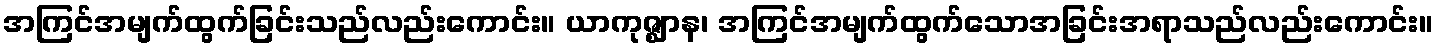
အကြင်အမျက်ထွက်ခြင်းသည်လည်းကောင်း။ ယာကုဇ္ဈာန၊ အကြင်အမျက်ထွက်သောအခြင်းအရာသည်လည်းကောင်း။